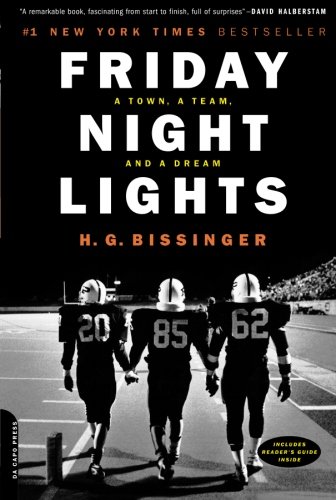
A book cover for Friday Night Lights: A Town, A Team, And A Dream; H.G. Bissinger; Sports & Outdoors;